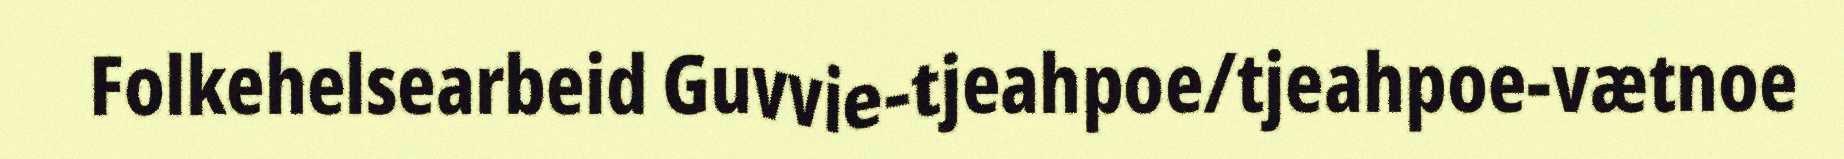
Folkehelsearbeid Guvvie-tjeahpoe/tjeahpoe-vætnoe